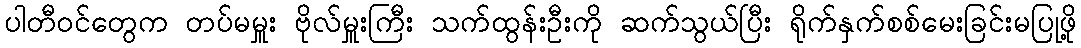
ပါတီဝင်တွေက တပ်မမှူး ဗိုလ်မှူးကြီး သက်ထွန်းဦးကို ဆက်သွယ်ပြီး ရိုက်နှက်စစ်မေးခြင်းမပြုဖို့